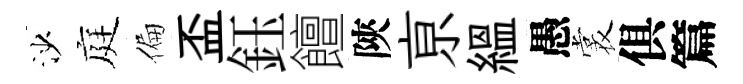
沙庭偏盃鈺饘陝亰緼愚裳俱篇